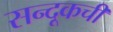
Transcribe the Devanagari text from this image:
सन्दूकची